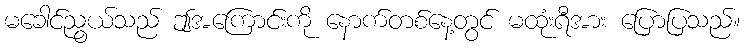
မခေါင်ညွယ်သည် ဤအကြောင်းကို နောက်တစ်နေ့တွင် မထုံးရီအား ပြောပြသည်။